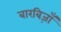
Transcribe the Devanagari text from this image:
बारबिज़ाँ